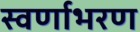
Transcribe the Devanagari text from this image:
स्वर्णाभरण